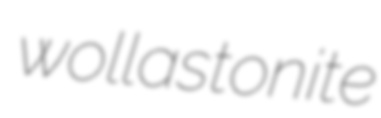
wollastonite